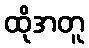
ထိုအတူ